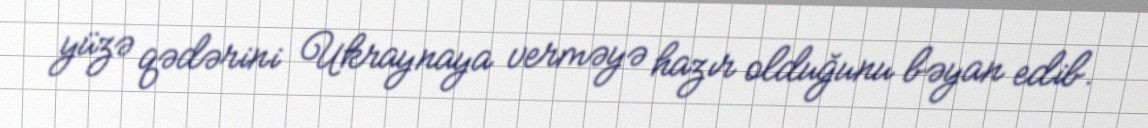
yüzə qədərini Ukraynaya verməyə hazır olduğunu bəyan edib.